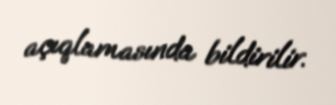
açıqlamasında bildirilir.